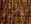
بارز